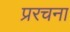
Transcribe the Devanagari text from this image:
प्ररचना